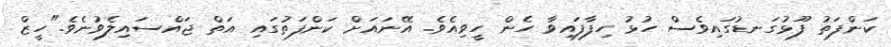
ކަންފަތު ފޫޅުގަނޑުގައިވެސް ހުޅު ހިފާފައިވާ ހެން ހީވިއެވެ. އޭނައަށް ކަންފަތުގައި އަތް ޖައްސައިލެވުނެވެ."ހީޒް